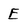
Character: E